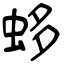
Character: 蛥